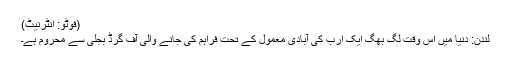
(فوٹو: انٹرنیٹ)
لندن: دنیا میں اس وقت لگ بھگ ایک ارب کی آبادی معمول کے تحت فراہم کی جانے والی آف گرڈ بجلی سے محروم ہے۔